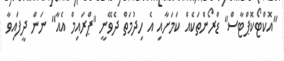
"އޮކްޓޯކޮޕްޓާސް" ޑްރޯންތަކެއް ކަމަށާއި އެ ހިދުމަތް ދެވޭނީ "ޕްރައިމް އެއާ" ނަން ދީފައިވާ